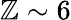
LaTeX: \mathbb{Z}\sim6